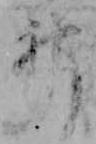
神